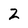
Character: Z